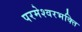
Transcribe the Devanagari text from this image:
परमेश्वरभक्ति